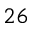
^ { 2 6 }